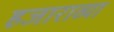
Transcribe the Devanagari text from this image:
हजाराव्या